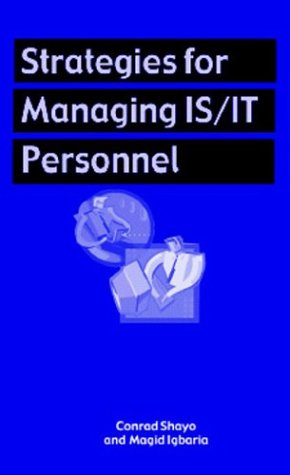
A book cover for Strategies for Manging Is/It Personnel; Conrad Shayo; Business & Money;